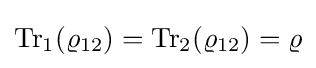
{\rm {Tr}}_{1}(\varrho _{12})={\rm {Tr}}_{2}(\varrho _{12})=\varrho